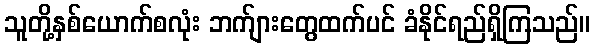
သူတို့နှစ်ယောက်စလုံး ဘက်ျားတွေထက်ပင် ခံနိုင်ရည်ရှိကြသည်။